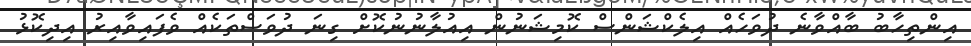
އިންތިހާބު ބާއްވާނެ ދުވަހެއް އިލެކްޝަންސް ކޮމިޝަނުން އިއުލާނުނުކޮށް ގިނަ ދުވަސްތަކެއް ވެފައިވާއިރު އިދިކޮޅު